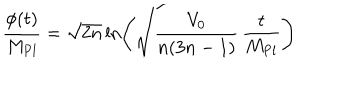
LaTeX: \qquad \frac { \phi ( t ) } { M _ { \mathrm { P l } } } = \sqrt { 2 n } \ln \left( \sqrt { \frac { V _ { 0 } } { n ( 3 n - 1 ) } } \, \frac { t } { M _ { \mathrm { P l } } } \right)